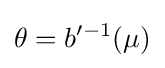
\theta =b'^{-1}(\mu )